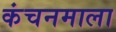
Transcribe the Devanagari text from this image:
कंचनमाला